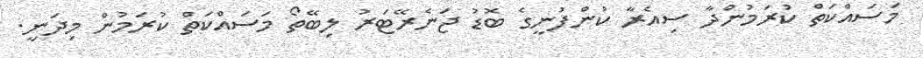
މަސައްކަތް ކުރަމުންދާ ސިއެރާ ކުންފުނީގެ ބޮޑު ޖަނެރޭޓަރު ލިބޭތޯ މަސައްކަތް ކުރަމުން މިދަނީ.